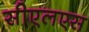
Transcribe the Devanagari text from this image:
सीएलएस